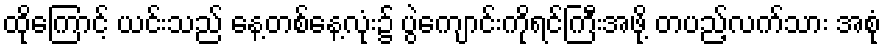
ထိုကြောင့် ယင်းသည် နေ့တစ်နေ့လုံး၌ ပွဲကျောင်းကိုရင်ကြီးအဖို့ တပည့်လက်သား အစုံ